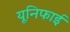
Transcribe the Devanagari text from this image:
यूनिफाई